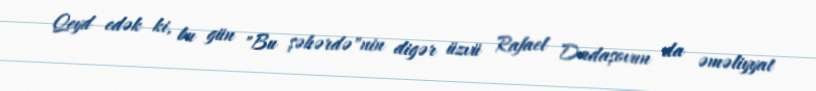
Qeyd edək ki, bu gün "Bu şəhərdə"nin digər üzvü Rafael Dadaşovun da əməliyyat